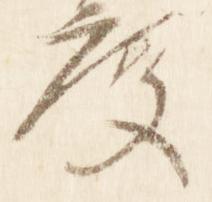
度